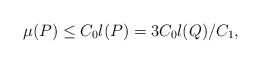
LaTeX: \begin{align*}\mu(P)\leq C_0 l({P})=3 {C_0}l(Q)/C_1,\end{align*}